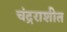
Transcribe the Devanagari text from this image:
चंद्रराशीत